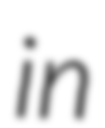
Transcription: in